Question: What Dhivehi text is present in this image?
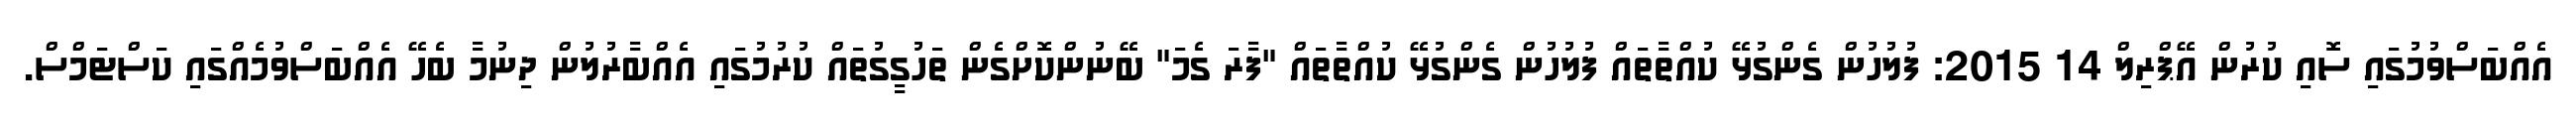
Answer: އެއްބަސްވުމުގައި ސޮއި ކުރުން އޭޕްރިލް 14 2015: ފުލުހުން ގެންގުޅޭ ކުއްތާތައް ފުލުހުން ގެންގުޅޭ ކުއްތާތައް "ފާރަ ގެމަ" ބޭނުންކޮށްގެން ތަހުގީގުތައް ކުރުމުގައި އެއްބާރުލުން ދިނުމާ ބެހޭ އެއްބަސްވުމެއްގައި ކަސްޓަމްސް.